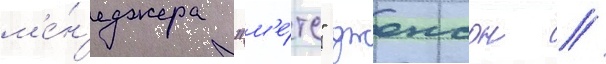
м'е́н'еджера "м'е́тс" джонсон //